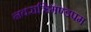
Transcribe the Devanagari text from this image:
नवरात्रिमण्डपम